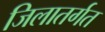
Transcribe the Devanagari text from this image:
जिलातर्गत